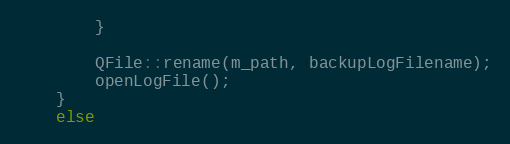
Language: C++
        }

        QFile::rename(m_path, backupLogFilename);
        openLogFile();
    }
    else